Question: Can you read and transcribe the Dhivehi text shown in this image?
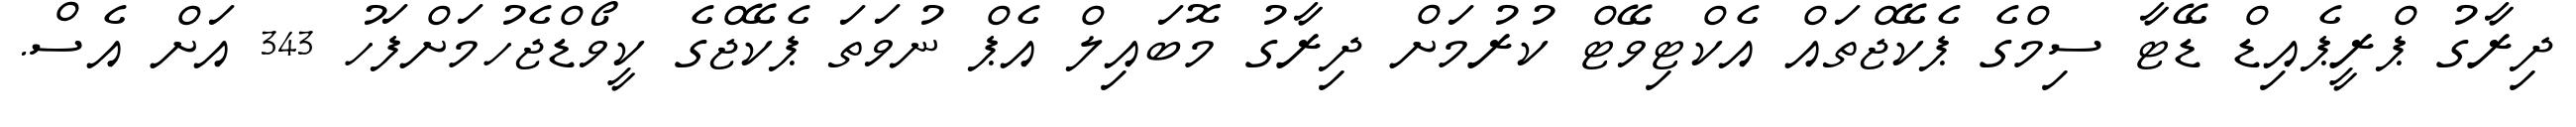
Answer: ދިރާގު ޕްރީޕެއިޑް ޑޭޓާ ސިމްގެ ޕެކޭޖްތައް އެކްޓިވޭޓް ކުރުމަށް ދިރާގު މޮބައިލް އެޕް ނުވަތަ ޕެކޭޖްގެ ކީވޯޑްޖެހުމަށްފަހު 343 އަށް އެސް.